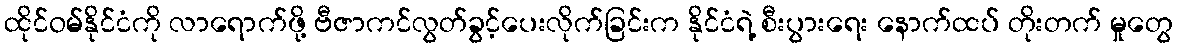
ထိုင်ဝမ်နိုင်ငံကို လာရောက်ဖို့ ဗီဇာကင်လွတ်ခွင့်ပေးလိုက်ခြင်းက နိုင်ငံရဲ့ စီးပွားရေး နောက်ထပ် တိုးတက် မှုတွေ